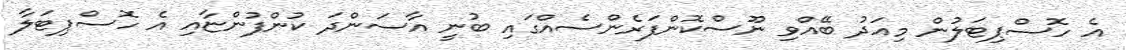
އެ ހޮސްޕިޓަލުން މިއަދު ބޭއްވި ނޫސްކޮންފަރެންސެއްގައި ބުނީ އާސަންދަ ކުންފުންޏާއި އެ ހޮސްޕިޓަލާ